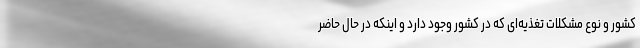
کشور و نوع مشکلات تغذیه‌ای که در کشور وجود دارد و اینکه در حال حاضر